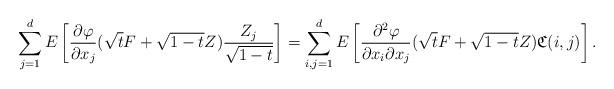
LaTeX: \begin{align*}\sum_{j=1}^dE\left[\frac{\partial\varphi}{\partial x_j}(\sqrt{t}F+\sqrt{1-t}Z)\frac{Z_j}{\sqrt{1-t}}\right]=\sum_{i,j=1}^dE\left[\frac{\partial^2\varphi}{\partial x_i\partial x_j}(\sqrt{t}F+\sqrt{1-t}Z)\mathfrak{C}(i,j)\right].\end{align*}